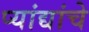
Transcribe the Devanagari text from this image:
प्यांद्यांचे